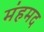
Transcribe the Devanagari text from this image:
मंहमद